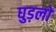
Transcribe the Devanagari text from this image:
घुड़लो